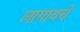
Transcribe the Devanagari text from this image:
लागायचें